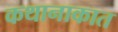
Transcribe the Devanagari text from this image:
कथानाकात